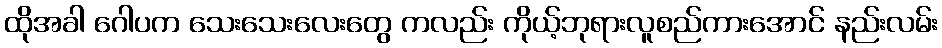
ထိုအခါ ဂေါပက သေးသေးလေးတွေ ကလည်း ကိုယ့်ဘုရားလူစည်ကားအောင် နည်းလမ်း